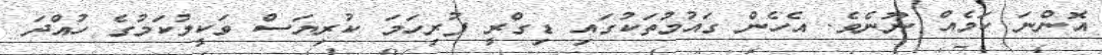
އޮންނަ ކަމެއް ނޫނެވެ. އެހެން ގައުމުތަކުގައި ޑިގްރީ ފުރިހަމަ ކުރިޔަސް ވަކީލުކަމުގެ ހުއްދަ